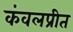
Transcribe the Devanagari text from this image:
कंवलप्रीत